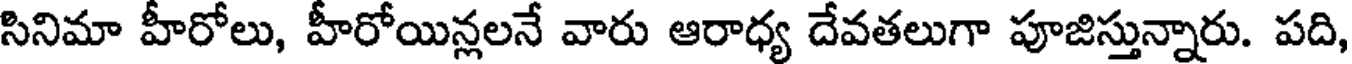
సినిమా హీరోలు, హీరోయిన్లలనే వారు ఆరాధ్య దేవతలుగా పూజిస్తున్నారు. పది,